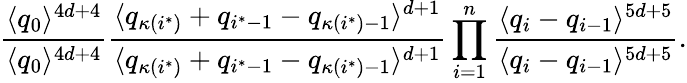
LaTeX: \frac{\langle q_{0}\rangle^{4d+4}}{\langle q_{0}\rangle^{4d+4}}\frac{\langle q_{\kappa(i^{*})}+q_{i^{*}-1}-q_{\kappa(i^{*})-1}\rangle^{d+1}}{\langle q_{\kappa(i^{*})}+q_{i^{*}-1}-q_{\kappa(i^{*})-1}\rangle^{d+1}}\prod_{i=1}^{n}\frac{\langle q_{i}-q_{i-1}\rangle^{5d+5}}{\langle q_{i}-q_{i-1}\rangle^{5d+5}}.